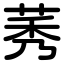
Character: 莠